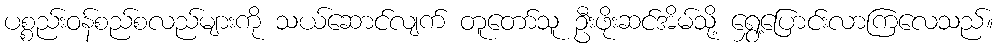
ပစ္စည်းဝန်စည်စလည်များကို သယ်ဆောင်လျက် တူတော်သူ ဦးဖိုးဆင်အိမ်သို့ ရွှေ့ပြောင်းလာကြလေသည်။